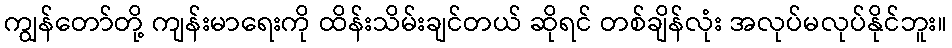
ကျွန်တော်တို့ ကျန်းမာရေးကို ထိန်းသိမ်းချင်တယ် ဆိုရင် တစ်ချိန်လုံး အလုပ်မလုပ်နိုင်ဘူး။